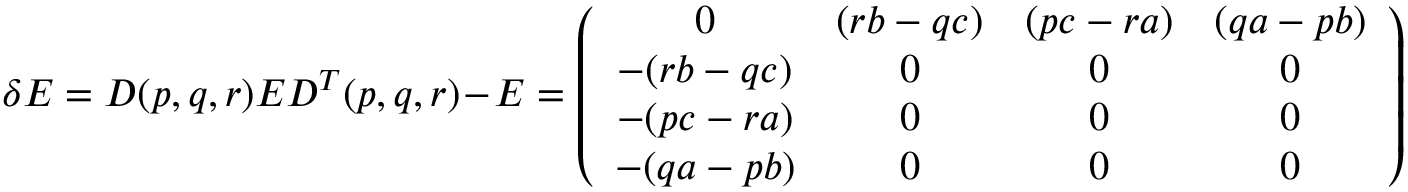
\delta { \cal E } = D ( p , q , r ) { \cal E } D ^ { T } ( p , q , r ) - { \cal E } = \left( \begin{array} { c c c c } { { 0 } } & { { ( r b - q c ) } } & { { ( p c - r a ) } } & { { ( q a - p b ) } } \\ { { - ( r b - q c ) } } & { { 0 } } & { { 0 } } & { { 0 } } \\ { { - ( p c - r a ) } } & { { 0 } } & { { 0 } } & { { 0 } } \\ { { - ( q a - p b ) } } & { { 0 } } & { { 0 } } & { { 0 } } \end{array} \right)